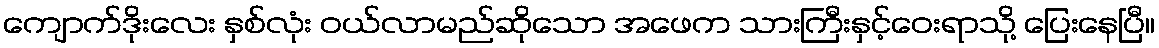
ကျောက်ဒိုးလေး နှစ်လုံး ဝယ်လာမည်ဆိုသော အဖေက သားကြီးနှင့်ဝေးရာသို့ ပြေးနေပြီ။